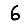
Digit: 6